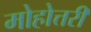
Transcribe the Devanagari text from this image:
मोहोत्तरी